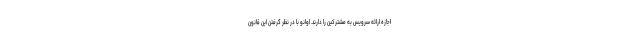
اجازه ارائه سرویس به مشترکین را دارند. اوانو با در نظر گرفتن این قانون